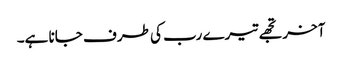
آخر تجھے تیرے رب کی طرف جانا ہے۔